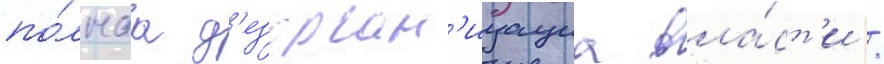
по́лнаа д'езорган'изациа вла́ст'и /